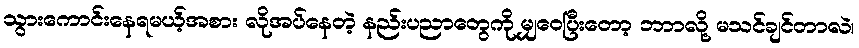
သွားကောင်းနေရမယ့်အစား လိုအပ်နေတဲ့ နည်းပညာတွေကို မျှဝေပြီးတော့ ဘာာလို့ မသင်ချင်တာလဲ၊